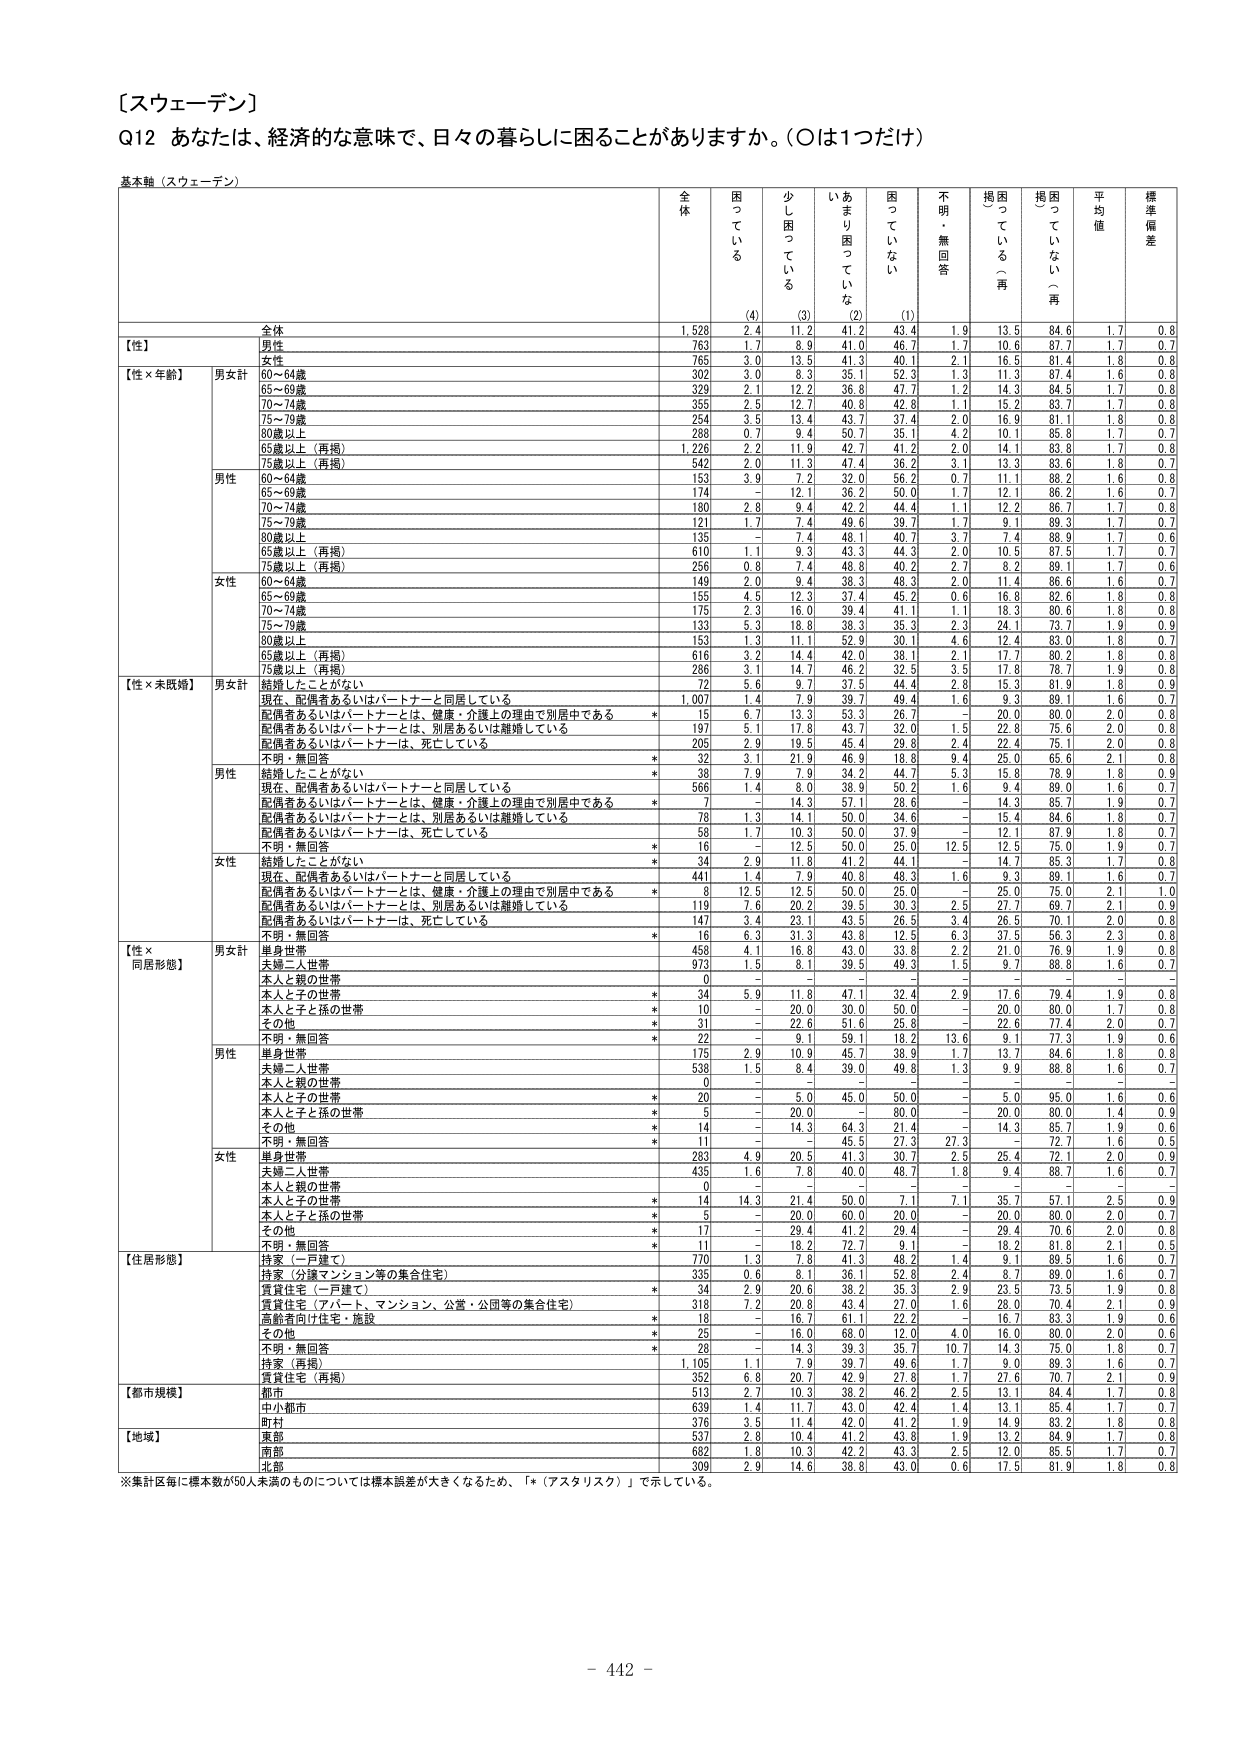
〔スウェーデン〕
Q12 あなたは、経済的な意味で、日々の暮らしに困ることがありますか。（○は1つだけ）

基本軸（スウェーデン）

全 体
困 っ て い る
少 し 困 っ て い る
あ ま り 困 っ て い な い
困 っ て い な い
不 明 ・ 無 回 答
掲 困 っ て い る （再）
掲 困 っ て い な い （再）
平 均 値
標 準 偏 差

(4)
(3)
(2)
(1)

全体
1,528
2.4
11.2
41.2
43.4
1.9
13.5
84.6
1.7
0.8

【性】
男性
763
1.7
8.9
41.0
46.7
1.7
10.6
87.7
1.7
0.7
女性
765
3.0
13.5
41.3
40.1
2.1
16.5
81.4
1.8
0.8

【性×年齢】
男女計
60～64歳
302
3.0
8.3
35.1
52.3
1.3
11.3
87.4
1.6
0.8
65～69歳
329
2.1
12.2
36.8
47.7
1.2
14.3
84.5
1.7
0.8
70～74歳
355
2.5
12.7
40.8
42.8
1.1
15.2
83.7
1.7
0.8
75～79歳
254
3.5
13.4
43.7
37.4
2.0
16.9
81.1
1.8
0.8
80歳以上
288
0.7
9.4
50.7
35.1
4.2
10.1
85.8
1.7
0.7
65歳以上（再掲）
1,226
2.2
11.9
42.7
41.2
2.0
14.1
83.8
1.7
0.8
75歳以上（再掲）
542
2.0
11.3
47.4
36.2
3.1
13.3
83.6
1.8
0.7

男性
60～64歳
153
3.9
7.2
32.0
56.2
0.7
11.1
88.2
1.6
0.8
65～69歳
174
－
12.1
36.2
50.0
1.7
12.1
86.2
1.6
0.7
70～74歳
180
2.8
9.4
42.2
44.4
1.1
12.2
86.7
1.7
0.8
75～79歳
121
1.7
7.4
49.6
39.7
1.7
9.1
89.3
1.7
0.7
80歳以上
135
－
7.4
48.1
40.7
3.7
7.4
88.9
1.7
0.6
65歳以上（再掲）
610
1.1
9.3
43.3
44.3
2.0
10.5
87.5
1.7
0.7
75歳以上（再掲）
256
0.8
7.4
48.8
40.2
2.7
8.2
89.1
1.7
0.6

女性
60～64歳
149
2.0
9.4
38.3
48.3
2.0
11.4
86.6
1.6
0.7
65～69歳
155
4.5
12.3
37.4
45.2
0.6
16.8
82.6
1.8
0.8
70～74歳
175
2.3
16.0
39.4
41.1
1.1
18.3
80.6
1.8
0.8
75～79歳
133
5.3
18.8
38.3
35.3
2.3
24.1
73.7
1.9
0.9
80歳以上
153
1.3
11.1
52.9
30.1
4.6
12.4
83.0
1.8
0.7
65歳以上（再掲）
616
3.2
14.4
42.0
38.1
2.1
17.7
80.2
1.8
0.8
75歳以上（再掲）
286
3.1
14.7
46.2
32.5
3.5
17.6
78.7
1.9
0.8

【性×未婚段】
男女計
結婚したことがない
72
5.6
7.9
39.7
49.4
1.6
9.3
89.1
1.6
0.7
現在、配偶者あるいはパートナーと同居している
1,007
1.4
7.9
39.7
49.4
1.6
9.3
89.1
1.6
0.7
配偶者あるいはパートナーとは、健康・介護上の理由で別居中である
*
15
6.7
13.3
53.3
26.7
－
20.0
80.0
2.0
0.8
配偶者あるいはパートナーとは、別居あるいは離婚している
197
5.1
17.8
43.7
32.0
1.5
22.8
75.6
2.0
0.8
配偶者あるいはパートナーは、死亡している
205
2.9
19.5
45.4
29.8
2.4
22.4
75.1
2.0
0.8
不明・無回答
*
32
3.1
21.9
46.9
18.8
9.4
25.0
65.6
2.1
0.8

男性
結婚したことがない
*
38
7.9
7.9
34.2
44.7
5.3
15.8
78.9
1.8
0.9
現在、配偶者あるいはパートナーと同居している
566
1.4
8.0
38.9
50.2
1.6
9.4
89.0
1.6
0.7
配偶者あるいはパートナーとは、健康・介護上の理由で別居中である
*
7
－
14.3
57.1
28.6
－
14.3
85.7
1.9
0.7
配偶者あるいはパートナーとは、別居あるいは離婚している
78
1.3
14.1
50.0
34.6
－
15.4
84.6
1.8
0.7
配偶者あるいはパートナーは、死亡している
58
1.7
10.3
50.0
37.9
－
12.1
87.9
1.8
0.7
不明・無回答
*
16
－
12.5
50.0
25.0
12.5
12.5
75.0
1.9
0.7

女性
結婚したことがない
*
34
2.9
11.8
41.2
44.1
－
14.7
85.3
1.7
0.8
現在、配偶者あるいはパートナーと同居している
441
1.4
7.9
40.8
49.3
1.6
9.3
89.1
1.6
0.7
配偶者あるいはパートナーとは、健康・介護上の理由で別居中である
*
8
12.5
12.5
50.0
25.0
－
25.0
75.0
2.1
1.0
配偶者あるいはパートナーとは、別居あるいは離婚している
119
7.6
20.2
39.5
30.3
2.5
27.7
69.7
2.1
0.9
配偶者あるいはパートナーは、死亡している
147
3.4
23.1
43.5
26.5
3.4
26.5
70.1
2.0
0.8
不明・無回答
*
16
6.3
31.3
43.8
12.5
6.3
37.5
56.3
2.3
0.8

【性×同居形態】
男女計
単身世帯
458
4.1
16.8
43.0
33.8
2.2
21.0
76.9
1.9
0.8
夫婦二人世帯
973
1.5
8.1
39.5
49.3
1.5
9.7
88.8
1.6
0.7
本人と親の世帯
0
－
－
－
－
－
－
－
－
－
本人と子の世帯
*
34
5.9
11.8
47.1
32.4
2.9
17.6
79.4
1.9
0.8
本人と子と孫の世帯
*
10
－
20.0
30.0
50.0
－
20.0
80.0
1.7
0.8
その他
*
31
－
22.6
51.6
25.8
－
22.6
77.4
2.0
0.7
不明・無回答
*
22
－
9.1
59.1
18.2
13.6
9.1
77.3
1.9
0.6

男性
単身世帯
175
2.9
10.9
45.7
38.9
1.7
13.7
84.6
1.8
0.8
夫婦二人世帯
538
1.5
8.4
39.0
49.8
1.3
9.9
88.8
1.6
0.7
本人と親の世帯
0
－
－
－
－
－
－
－
－
－
本人と子の世帯
*
20
－
5.0
45.0
50.0
－
5.0
95.0
1.6
0.6
本人と子と孫の世帯
*
5
－
20.0
－
80.0
－
20.0
80.0
1.4
0.9
その他
*
14
－
14.3
64.3
21.4
－
14.3
85.7
1.9
0.6
不明・無回答
*
11
－
－
45.5
27.3
27.3
－
72.7
1.6
0.5

女性
単身世帯
283
4.9
20.5
41.3
30.7
2.5
25.4
72.1
2.0
0.9
夫婦二人世帯
435
1.6
7.8
40.0
48.7
1.8
9.4
88.7
1.6
0.7
本人と親の世帯
0
－
－
－
－
－
－
－
－
－
本人と子の世帯
*
14
14.3
21.4
50.0
7.1
7.1
35.7
57.1
2.5
0.9
本人と子と孫の世帯
*
5
－
20.0
60.0
20.0
－
20.0
80.0
2.0
0.7
その他
*
17
－
29.4
41.2
29.4
－
29.4
70.6
2.0
0.8
不明・無回答
*
11
－
18.2
72.7
9.1
－
18.2
81.8
2.1
0.5

【住居形態】
持家（一戸建て）
770
1.3
7.8
45.3
48.2
1.4
9.7
89.5
1.6
0.7
持家（分譲マンション等の集合住宅）
335
0.6
8.1
36.1
52.8
2.4
8.7
89.0
1.6
0.7
賃貸住宅（二戸建て）
*
34
2.9
20.6
38.2
35.3
2.9
23.5
73.5
1.9
0.8
賃貸住宅（アパート、マンション、公営・公団等の集合住宅）
318
7.2
20.8
43.4
27.0
1.6
28.0
70.4
2.1
0.9
高齢者向け住宅・施設
*
18
－
16.7
61.1
22.2
－
16.7
83.3
1.9
0.6
その他
*
25
－
16.0
68.0
12.0
4.0
16.0
80.0
2.0
0.6
不明・無回答
*
28
－
14.3
39.3
35.7
10.7
14.3
75.0
1.8
0.7
持家（再掲）
1,105
1.1
7.9
39.7
49.6
1.7
9.0
89.3
1.6
0.7
賃貸住宅（再掲）
352
6.8
20.7
42.9
27.8
1.7
27.6
70.7
2.1
0.9

【都市規模】
都市
513
2.7
10.3
38.2
46.2
2.5
13.1
84.4
1.7
0.8
中小都市
639
1.4
11.7
43.0
42.4
1.4
13.1
85.4
1.7
0.7
町村
376
3.5
11.4
42.0
41.2
1.9
14.9
83.2
1.8
0.8

【地域】
東部
537
2.8
10.4
41.2
43.8
1.9
13.2
84.9
1.7
0.8
南部
682
1.8
10.3
42.2
43.3
2.5
12.0
85.3
1.7
0.7
北部
309
2.9
14.6
38.8
43.0
0.8
17.5
81.9
1.8
0.8

※集計区毎に標本数が50人未満のものについては標準誤差が大きくなるため、「*（アスタリスク）」で示している。

- 442 -